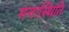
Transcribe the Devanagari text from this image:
मनःस्‍थिति